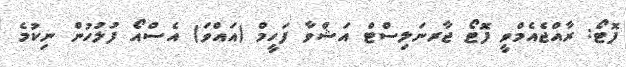
ފޮޓޯ: ރާއްޖެއެމްވީ ފޮޓޯ ޖާރނަލިސްޓް އަޝްވާ ފަހީމް (އައްވަ) އެސްއޯ ފުލުހުން ނިކުމެ